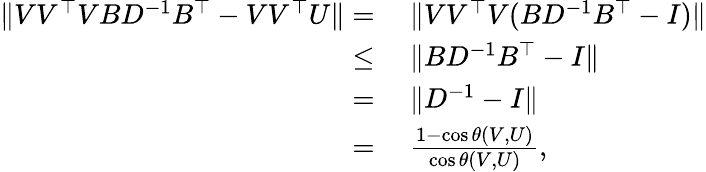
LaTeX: \begin{array}{rl}{\| VV^{\top}VBD^{-1}B^{\top}-VV^{\top}U\| =}&{~\| VV^{\top}V(BD^{-1}B^{\top}-I)\| }\\ {\leq}&{~\| BD^{-1}B^{\top}-I\| }\\ {=}&{~\| D^{-1}-I\| }\\ {=}&{~\frac{1-\cos\theta(V,U)}{\cos\theta(V,U)},}\end{array}